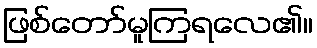
ဖြစ်တော်မူကြရလေ၏။